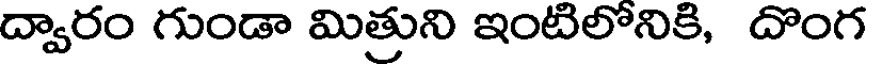
ద్వారం గుండా మిత్రుని ఇంటిలోనికి, దొంగ